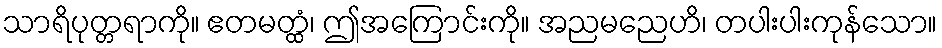
သာရိပုတ္တရာကို။ ဧတမတ္ထံ၊ ဤအကြောင်းကို။ အညမညေဟိ၊ တပါးပါးကုန်သော။